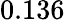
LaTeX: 0.136